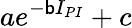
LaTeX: ae^{-\mathsf{b}I_{PI}}+c